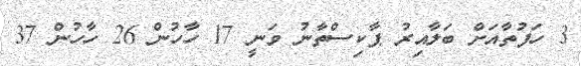
3 ހަފުތާއަށް ބަލާއިރު ޕާކިސްތާނު ވަނީ 17 ހާހުން 26 ހާހުން 37